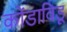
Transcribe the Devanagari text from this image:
कोंडाविडू